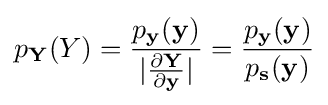
p_{\mathbf {Y} }(Y)={\frac {p_{\mathbf {y} }(\mathbf {y} )}{|{\frac {\partial \mathbf {Y} }{\partial \mathbf {y} }}|}}={\frac {p_{\mathbf {y} }(\mathbf {y} )}{p_{\mathbf {s} }(\mathbf {y} )}}